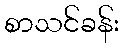
စာသင်ခန်း